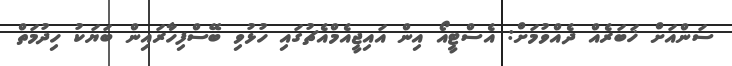
ސަންއަށް ޚަބަރެއް ދެއްވުމަށް: އެސްޓީއޯ އިން އައިޖީއެމްއެޗުގައި ހުޅުވި ބޭސްފިހާރައިން ބަޔަކު ހިދުމަތް